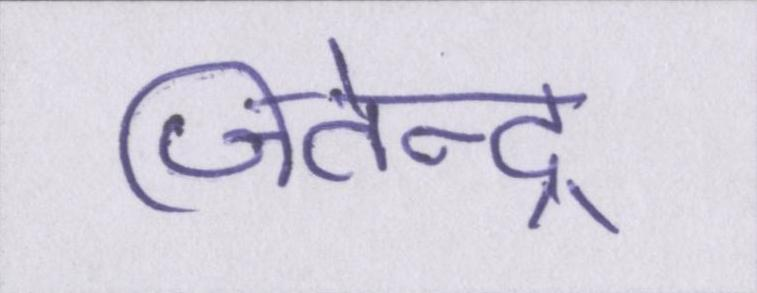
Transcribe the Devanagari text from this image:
जितेन्द्र